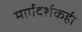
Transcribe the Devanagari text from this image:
मार्गदर्शकही